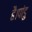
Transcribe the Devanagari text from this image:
है।पांडु